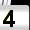
Digit: 4